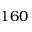
1 6 0